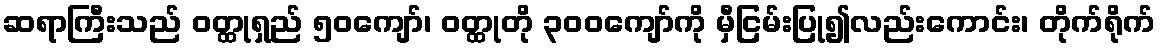
ဆရာကြီးသည် ဝတ္ထုရှည် ၅၀ကျော်၊ ဝတ္ထုတို ၃၀၀ကျော်ကို မှီငြမ်းပြု၍လည်းကောင်း၊ တိုက်ရိုက်